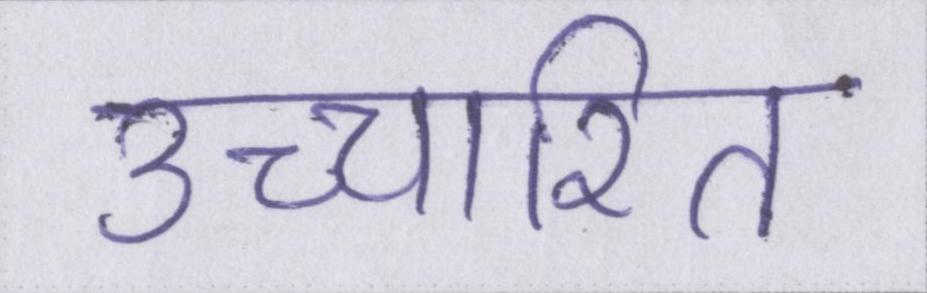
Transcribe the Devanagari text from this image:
उच्चारित